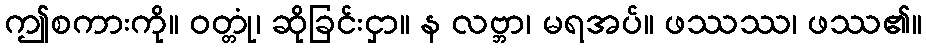
ဤစကားကို။ ဝတ္တုံ၊ ဆိုခြင်းငှာ။ န လဗ္ဘာ၊ မရအပ်။ ဖဿဿ၊ ဖဿ၏။